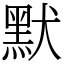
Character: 默